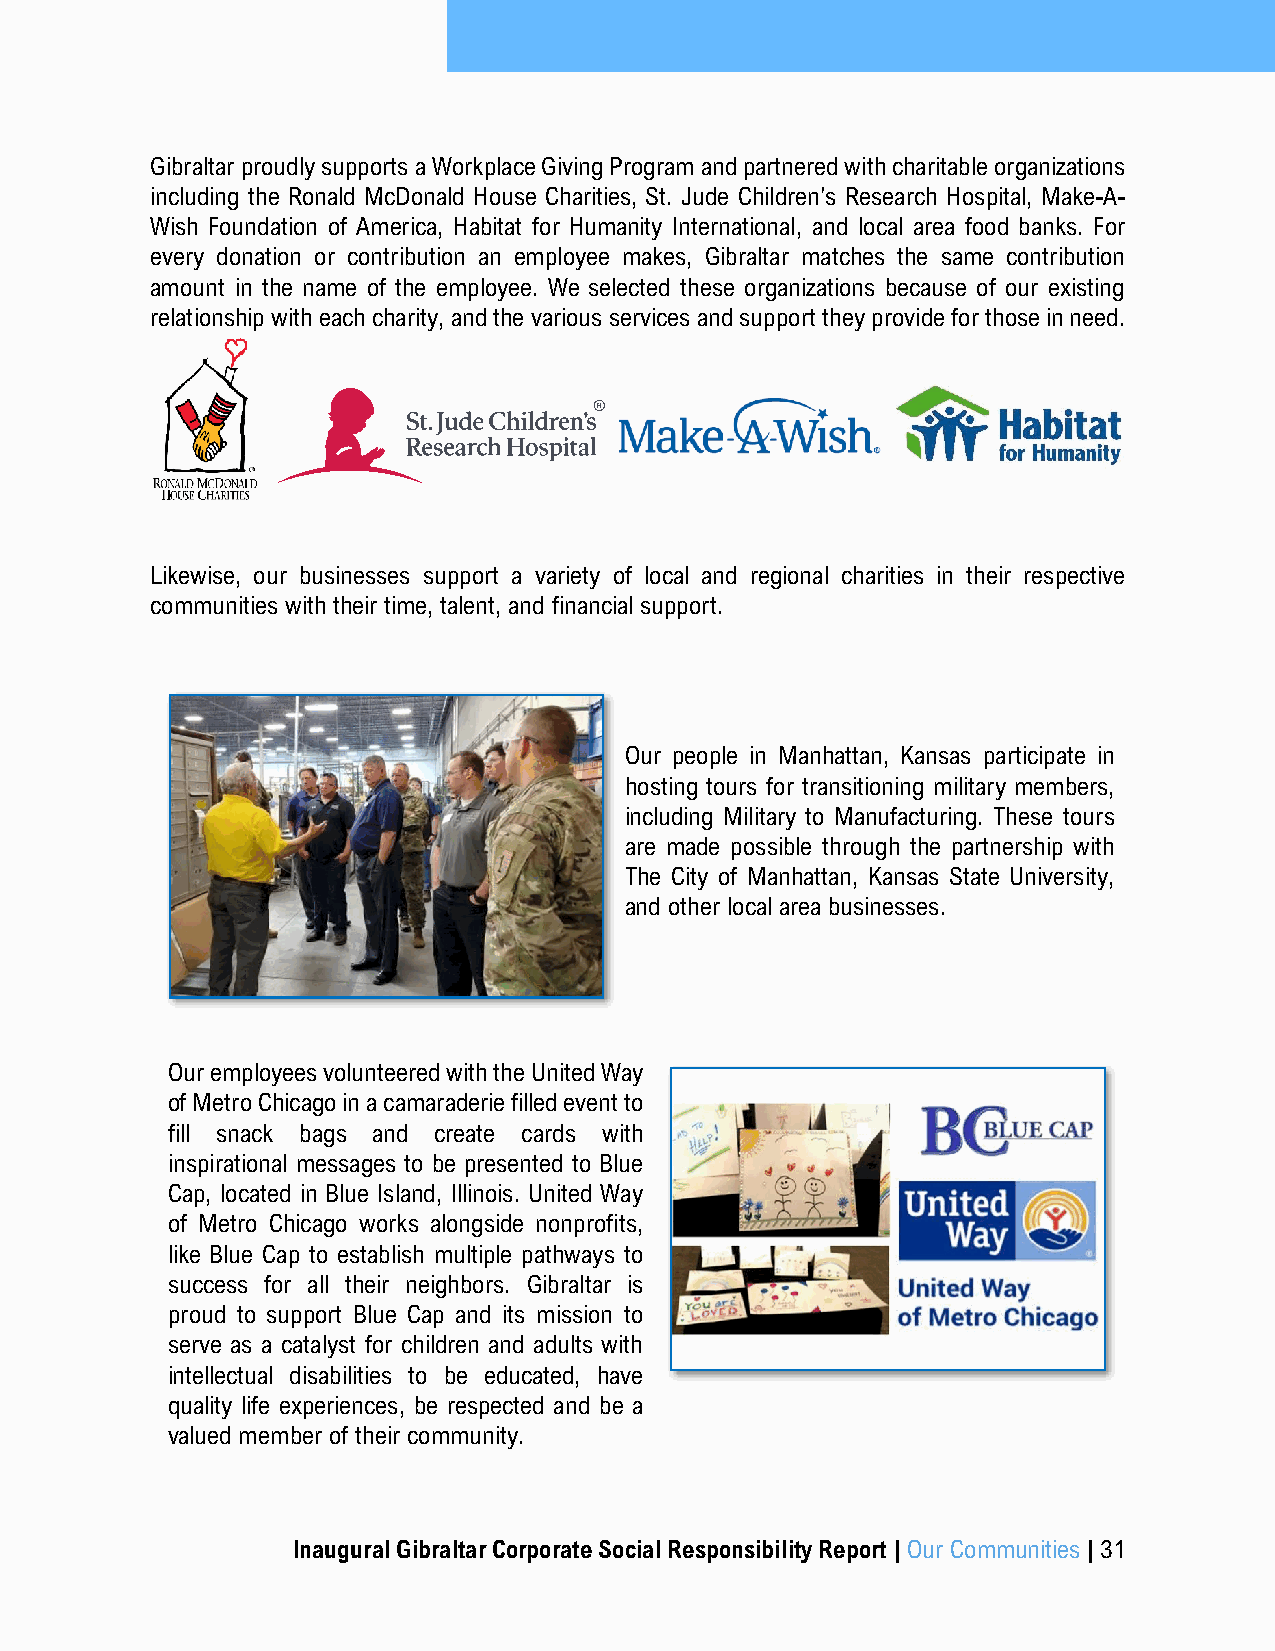
Gibraltar proudly supports a Workplace Giving Program and partnered with charitable organizations
 including the Ronald McDonald House Charities, St. Jude Children's Research Hospital, Make-A-
 Wish Foundation of America, Habitat for Humanity International, and local area food banks. For
 every donation or contribution an employee makes, Gibraltar matches the same contribution
 amount in the name of the employee. We selected these organizations because of our existing
 relationship with each charity, and the various services and support they provide for those in need.
 Likewise, our businesses support a variety of local and regional charities in their respective
 communities with their time, talent, and financial support.
 Our people in Manhattan, Kansas participate in
 hosting tours for transitioning military members,
 including Military to Manufacturing. These tours
 are made possible through the partnership with
 The City of Manhattan, Kansas State University,
 and other local area businesses.
 Our employees volunteered with the United Way
 of Metro Chicago in a camaraderie filled event to
 fill snack bags and create cards with
 inspirational messages to be presented to Blue
 Cap, located in Blue Island, Illinois. United Way
 of Metro Chicago works alongside nonprofits,
 like Blue Cap to establish multiple pathways to
 success for all their neighbors. Gibraltar is
 proud to support Blue Cap and its mission to
 serve as a catalyst for children and adults with
 intellectual disabilities to be educated, have
 quality life experiences, be respected and be a
 valued member of their community.
 Inaugural Gibraltar Corporate Social Responsibility Report | Our Communities | 31